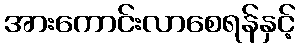
အားကောင်းလာစေရန်နှင့်